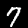
Digit: 7